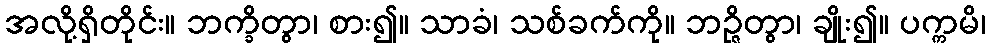
အလို့ရှိတိုင်း။ ဘက္ခိတွာ၊ စား၍။ သာခံ၊ သစ်ခက်ကို။ ဘဉ္ဇိတွာ၊ ချိုး၍။ ပက္ကမိ၊